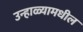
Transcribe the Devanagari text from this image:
उन्हाळ्यामधील